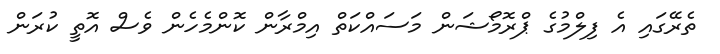
ތެރޭގައި އެ ފިލްމުގެ ޕްރޮމޯޝަން މަސައްކަތް އިމްރާން ކޮންމެހެން ވެސް އޮތީ ކުރަން